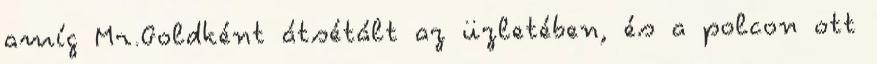
amíg Mr.Goldként átsétált az üzletében, és a polcon ott